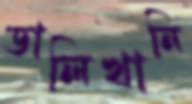
ডালিখানি